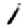
Digit: 1